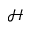
\mathcal { H }